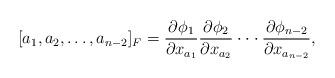
LaTeX: \begin{align*}[a_1,a_2,\ldots,a_{n-2}]_{F }=\frac{\partial \phi_{1}}{\partial x_{a_1}} \frac{\partial \phi_{2}}{\partial x_{a_2}} \cdot \cdot \cdot \frac{\partial \phi_{n-2}}{\partial x_{a_{n-2}}},\end{align*}